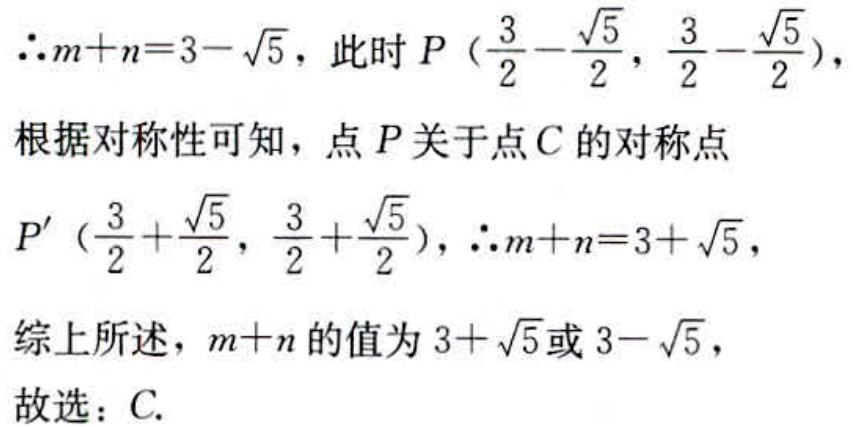
$\therefore m + n = 3 - \sqrt{5}$，此时$P\left(\frac{3}{2} - \frac{\sqrt{5}}{2}, \frac{3}{2} - \frac{\sqrt{5}}{2}\right)$，
根据对称性可知，点$P$关于点$C$的对称点
$P'\left(\frac{3}{2} + \frac{\sqrt{5}}{2}, \frac{3}{2} + \frac{\sqrt{5}}{2}\right)$，$\therefore m + n = 3 + \sqrt{5}$，
综上所述，$m + n$的值为$3 + \sqrt{5}$或$3 - \sqrt{5}$，
故选：C.